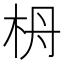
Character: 𣐠